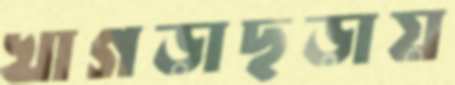
খাগড়াছড়ায়